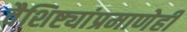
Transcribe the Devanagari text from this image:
वैशिष्ट्यांप्रमाणेही